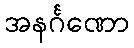
အနင်္ဂဏော